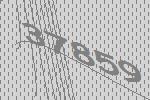
37859